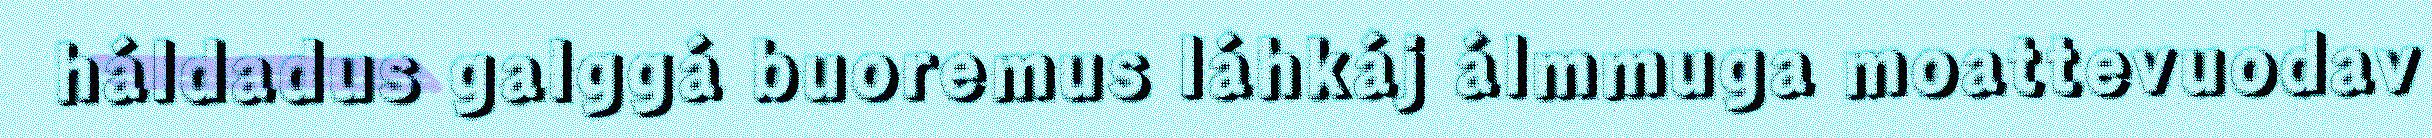
háldadus galggá buoremus láhkáj álmmuga moattevuodav